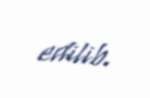
edilib.